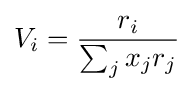
V_{i}={\frac {r_{i}}{\sum _{j}x_{j}r_{j}}}